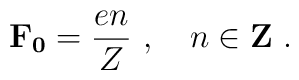
\mathbf{F_{0}} = \frac{en}{Z}\ ,\quad n \in {\bf Z}\ .